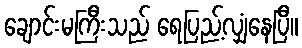
ချောင်းမကြီးသည် ရေပြည့်လျှံနေပြီ။